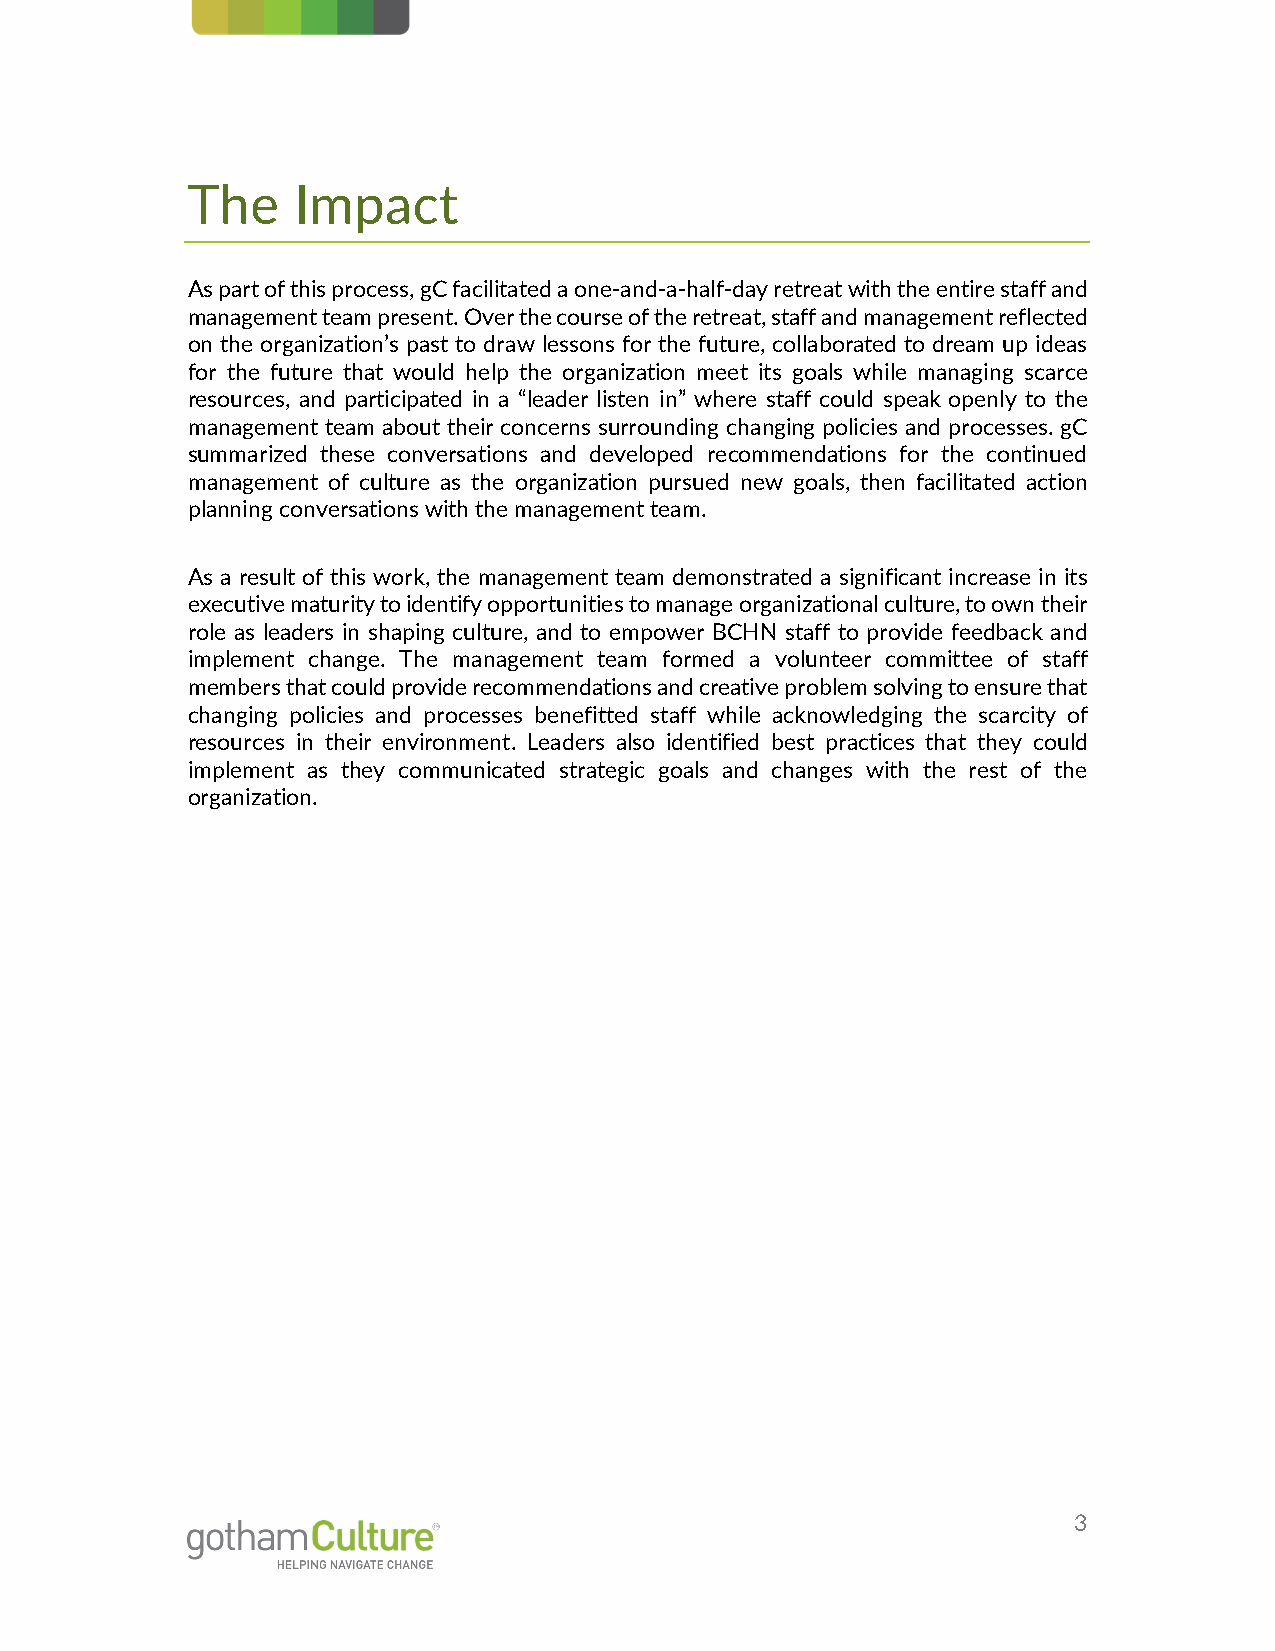
The    Impact
 As part of this process, gC facilitated a one-and-a-half-day retreat with the entire staff and
 management team present. Over the course of the retreat, staff and management reflected
 on the organization’s past to draw lessons for the future, collaborated to dream up ideas
 for the future that would help the organization meet its goals while managing scarce
 resources, and participated in a “leader listen in” where staff could speak openly to the
 management team about their concerns surrounding changing policies and processes. gC
 summarized these conversations and developed recommendations for the continued
 management of culture as the organization pursued new goals, then facilitated action
 planning conversations with the management team.
 As a result of this work, the management team demonstrated a significant increase in its
 executive maturity to identify opportunities to manage organizational culture, to own their
 role as leaders in shaping culture, and to empower BCHN staff to provide feedback and
 implement change. The management team formed a volunteer committee of staff
 members that could provide recommendations and creative problem solving to ensure that
 changing policies and processes benefitted staff while acknowledging the scarcity of
 resources in their environment. Leaders also identified best practices that they could
 implement as they communicated strategic goals and changes with the rest of the
 organization.
 3